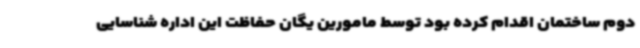
دوم ساختمان اقدام کرده بود توسط مامورین یگان حفاظت این اداره شناسایی